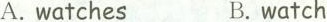
A.watches B.watch